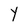
Character: Y